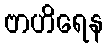
ဗာဟိရေန